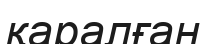
қаралған